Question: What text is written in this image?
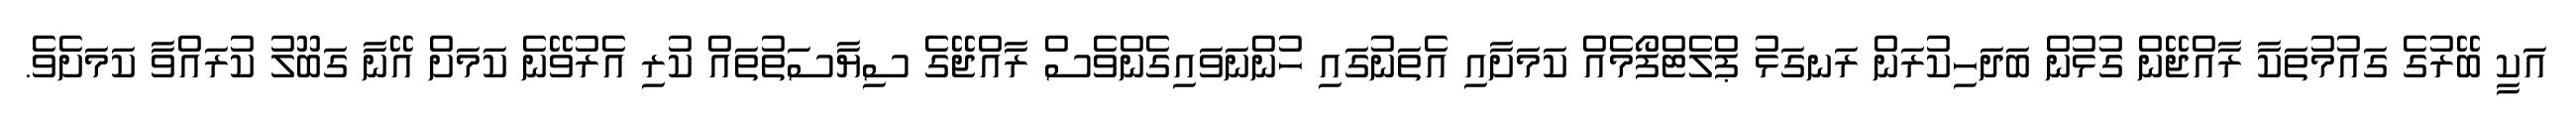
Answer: އަކީ ބޭރުގެ ގައުމުތަކާ ރާއްޖޭން ގުޅުން ބަދަހިކުރަން ރަނގަޅު ޕްލެޓްފޯމެއް ކަމަށާއި އެތަނުގައި ހުންނަވައިގެންވެސް ރާއްޖޭގެ ސިޔާސަތުތައް ކުރި އެރުވޭނެ ކަމަށް އޭނާ ގަބޫލު ކުރައްވާ ކަމަށެވެ.